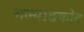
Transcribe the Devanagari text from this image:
मल्याङकोट